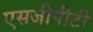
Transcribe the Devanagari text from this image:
एसजीपीटी